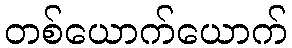
တစ်ယောက်ယောက်